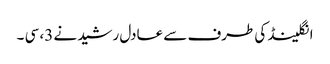
انگلینڈ کی طرف سے عادل رشید نے 3، سی ۔